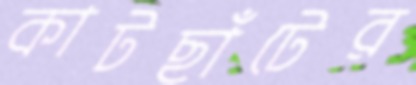
কাটছাঁটের